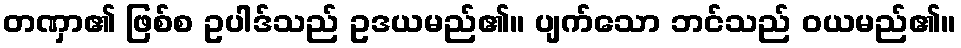
တဏှာ၏ ဖြစ်စ ဥပါဒ်သည် ဥဒယမည်၏။ ပျက်သော ဘင်သည် ဝယမည်၏။